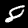
Label: 8